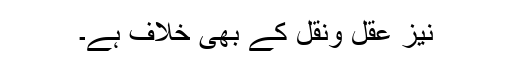
نیز عقل ونقل کے بھی خلاف ہے۔